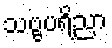
သဗ္ဗပရိညာ